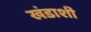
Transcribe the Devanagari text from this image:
खंडाशी